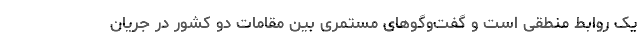
یک روابط منطقی است و گفت‌وگوهای مستمری بین مقامات دو کشور در جریان